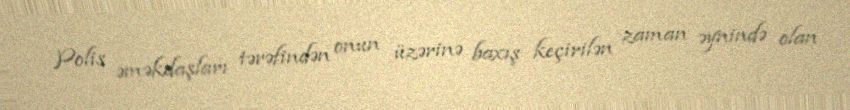
Polis əməkdaşları tərəfindən onun üzərinə baxış keçirilən zaman əynində olan